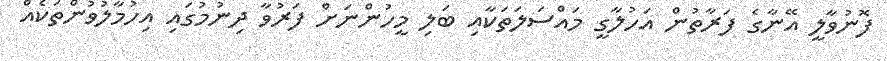
ފޮނުވާލީ އޭނާގެ ފަރާތުން އަހުލާގީ މައްސަލަތަކާއި ބަލި މީހުންނަށް ފަރުވާ ދިނުމުގައި އިހުމާލުވުންތަކެއް